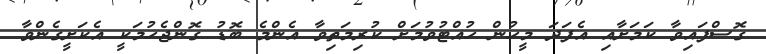
ގޮސްފައިވާ ކަމަށާއި އެފަދަ މީހުން ހުއްޓުވުމަށް ކުރިމަތިވާ އެންމެ ބޮޑު ގޮންޖެހުމަކީ އެކަށީގެންވާ